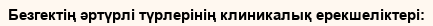
Безгектің әртүрлі түрлерінің клиникалық ерекшеліктері: